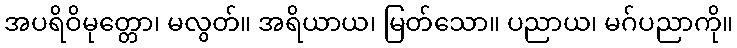
အပရိဝိမုတ္တော၊ မလွတ်။ အရိယာယ၊ မြတ်သော။ ပညာယ၊ မဂ်ပညာကို။